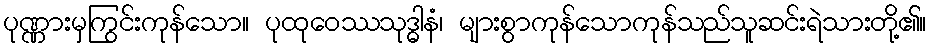
ပုဏ္ဏားမှကြွင်းကုန်သော။ ပုထုဝေဿသုဒ္ဓါနံ၊ များစွာကုန်သောကုန်သည်သူဆင်းရဲသားတို့၏။